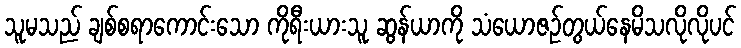
သူမသည် ချစ်စရာကောင်းသော ကိုရီးယားသူ ဆွန်ယာကို သံယောဇဉ်တွယ်နေမိသလိုလိုပင်